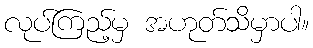
လုပ်ကြည့်မှ အဟုတ်သိမှာပါ။